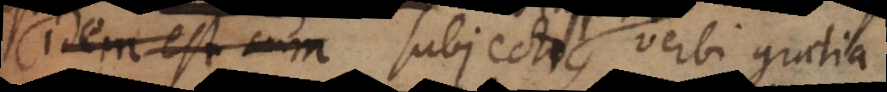
idem est cum subjecto,, verbi gratia: